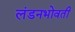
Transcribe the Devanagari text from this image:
लंडनभोवती